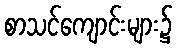
စာသင်ကျောင်းများ၌